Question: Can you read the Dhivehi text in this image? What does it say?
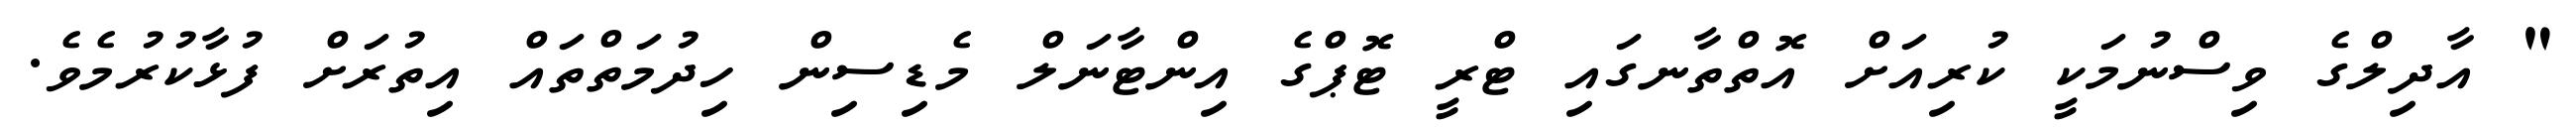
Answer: " އާދިލްގެ ވިސްނުމަކީ ކުރިއަށް އޮތްތާނގައި ޓްރީ ޓޮޕްގެ އިންޓާނަލް މެޑިސިން ހިދުމަތްތައް އިތުރަށް ފުޅާކުރުމެވެ.